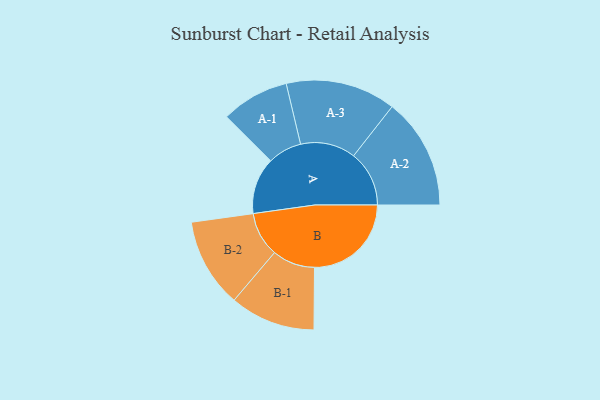
{"axis": {"x": "Segment", "y": "Value"}, "legend": ["", "A", "B"], "data": [{"x": "A", "y": 233, "type": ""}, {"x": "B", "y": 399, "type": ""}, {"x": "A-1", "y": 140, "type": "A"}, {"x": "A-2", "y": 229, "type": "A"}, {"x": "A-3", "y": 227, "type": "A"}, {"x": "B-1", "y": 176, "type": "B"}, {"x": "B-2", "y": 184, "type": "B"}]}